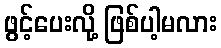
ဖွင့်ပေးလို့ ဖြစ်ပါ့မလား